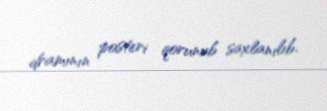
dramının posteri qorunub saxlanılıb.